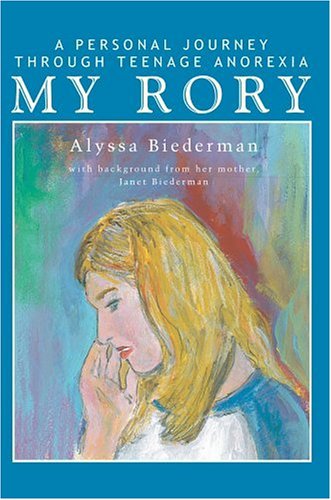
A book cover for My Rory: A Personal Journey Through Teenage Anorexia; Alyssa Biederman; Health, Fitness & Dieting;